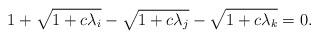
LaTeX: \begin{align*} 1+\sqrt{1+c\lambda_i}-\sqrt{1+c\lambda_j}-\sqrt{1+c\lambda_k}=0.\end{align*}